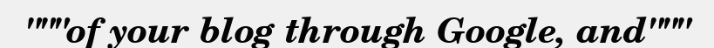
"""of your blog through Google, and"""